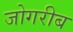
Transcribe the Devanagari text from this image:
जोगरीब